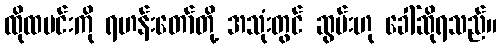
ထိုထမင်းကို ရဟန်းတော်တို့ အသုံးတွင် ဆွမ်းဟု ခေါ်ဆိုရသည်။